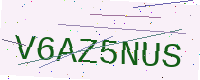
Text: V6AZ5NUS